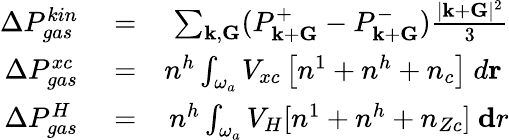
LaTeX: \begin{array}{rlr}{\Delta P_{gas}^{kin}}&{{}=}&{\sum_{{\mathbf k},{\mathbf G}}(P_{{\mathbf k}+{\mathbf G}}^{+}-P_{{\mathbf k}+{\mathbf G}}^{-})\frac{|{\mathbf k}+{\mathbf G}|^{2}}{3}}\\ {\Delta P_{gas}^{xc}}&{{}=}&{n^{h}\int_{\omega_{a}}V_{xc}\left[n^{1}+n^{h}+n_{c}\right]~d{\mathbf r}~}\\ {\Delta P_{gas}^{H}}&{{}=}&{n^{h}\int_{\omega_{a}}V_{H}[n^{1}+n^{h}+n_{Zc}]~{\mathbf dr}}\end{array}